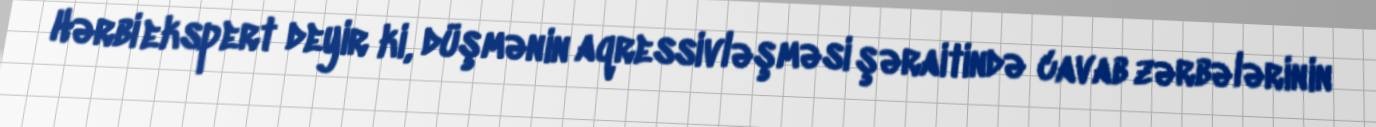
Hərbi ekspert deyir ki, düşmənin aqressivləşməsi şəraitində cavab zərbələrinin